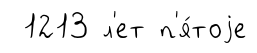
1213 л'ет п'я́тоjе